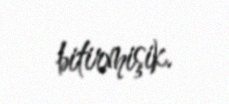
bitirmişik.